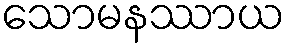
သောမနဿာယ